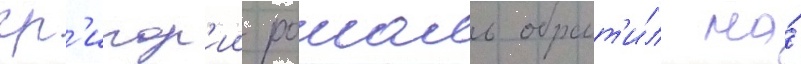
гр'игор'ии рошаль обрат'и́л на́